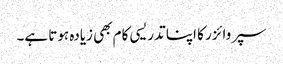
سپروائزر کا اپنا تدریسی کام بھی زیادہ ہوتا ہے۔